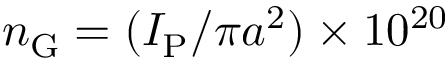
\ensuremath { n _ { \mathrm { G } } } = ( \ensuremath { I _ { \mathrm { P } } } / \pi a ^ { 2 } ) \times 1 0 ^ { 2 0 }